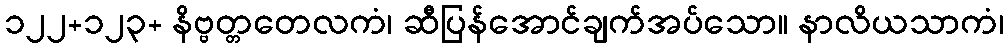
၁၂၂+၁၂၃+ နိဗ္ဗတ္တတေလကံ၊ ဆီပြန်အောင်ချက်အပ်သော။ နာလိယသာကံ၊